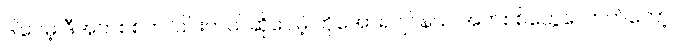
ဒါပေမဲ့ ဒီအက်စစ်က ပြင်းတယ်ဆိုပေမဲ့ ဟိုအော်ရဂျင်နယ် အက်စစ်တွေလောက်တော့